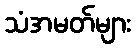
သံအမတ်များ